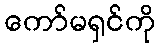
ကော်မရှင်ကို